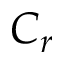
C _ { r }